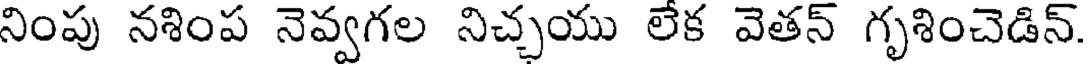
నింపు నశింప నెవ్వగల నిచ్చయు లేక వెతన్ గృశించెడిన్